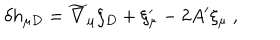
\delta h _ { \mu D } = { \widetilde \nabla } _ { \mu } \xi _ { D } + \xi _ { \mu } ^ { \prime } - 2 A ^ { \prime } \xi _ { \mu } ~ ,